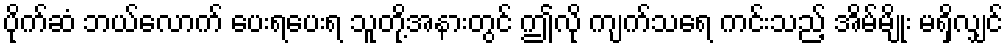
ပိုက်ဆံ ဘယ်လောက် ပေးရပေးရ သူတို့အနားတွင် ဤလို ကျက်သရေ ကင်းသည့် အိမ်မျိုး မရှိလျှင်